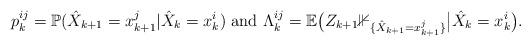
LaTeX: \begin{align*}p_k^{ij} = \mathbb P(\hat X_{k+1} = x_{k+1}^j \vert \hat X_{k} = x_k^i) \textrm{ and } \Lambda_{k}^{ij} = \mathbb{E}\big(Z_{k+1}\mathbb { 1}_{\{ \hat X_{k+1}=x_{k+1}^j \}}\big \vert \hat X_k=x_k^i \big).\end{align*}